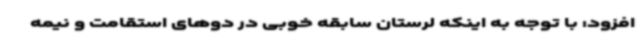
افزود: با توجه به اینکه لرستان سابقه خوبی در دوهای استقامت و نیمه